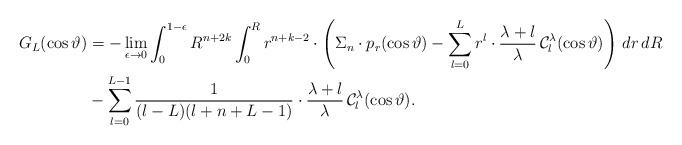
LaTeX: \begin{align*}G_L(\cos\vartheta)&=-\lim_{\epsilon\to0}\int_0^{1-\epsilon}R^{n+2k}\int_0^Rr^{n+k-2} \cdot\left(\Sigma_n\cdot p_r(\cos\vartheta)-\sum_{l=0}^Lr^l\cdot\frac{\lambda+l}{\lambda}\,\mathcal C_l^\lambda(\cos\vartheta)\right)\,dr\,dR\\&-\sum_{l=0}^{L-1}\frac{1}{(l-L)(l+n+L-1)}\cdot\frac{\lambda+l}{\lambda}\,\mathcal C_l^\lambda(\cos\vartheta).\end{align*}